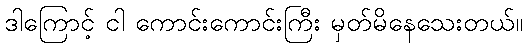
ဒါကြောင့် ငါ ကောင်းကောင်းကြီး မှတ်မိနေသေးတယ်။